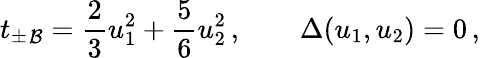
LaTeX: {t_{\pm}}_{\mathcal{B}}=\frac{{2}}{{3}}u_{1}^{2}+\frac{{5}}{{6}}u_{2}^{2}\, ,\qquad\Delta(u_{1},u_{2})=0\, ,